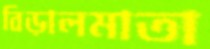
বিড়ালমাতা